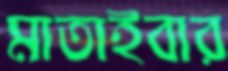
মাতাইবার